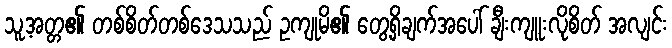
သူ့အတ္တ၏ တစ်စိတ်တစ်ဒေသသည် ဥကျုမိ၏ တွေ့ရှိချက်အပေါ် ချီးကျူးလိုစိတ် အလျင်း